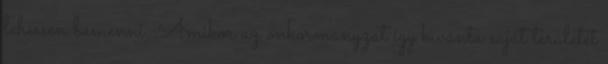
lehessen bemenni. Amikor az önkormányzat így kívánta saját területét